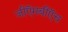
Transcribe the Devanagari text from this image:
जीऍमबीऍच